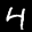
Label: 4